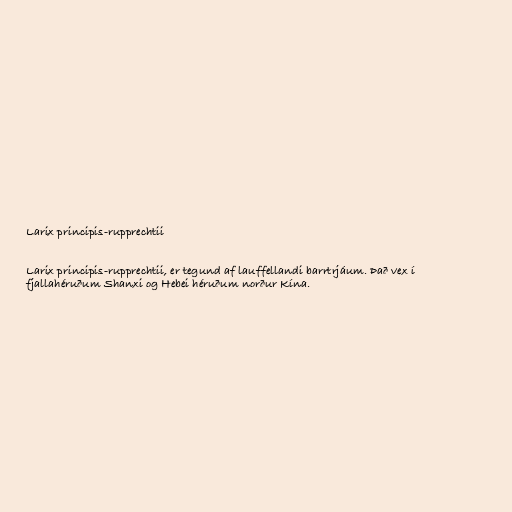
Larix principis-rupprechtii

Larix principis-rupprechtii, er tegund af lauffellandi barrtrjáum. Það vex í
fjallahéruðum Shanxi og Hebei héruðum norður Kína.